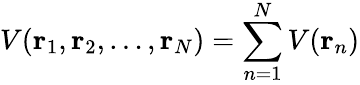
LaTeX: V(\mathbf{r}_{1},\mathbf{r}_{2},\ldots,\mathbf{r}_{N})=\sum_{n=1}^{N}V(\mathbf{r}_{n})